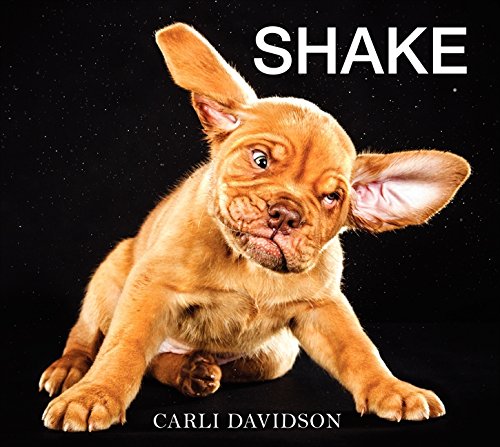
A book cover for Shake; Carli Davidson; Humor & Entertainment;